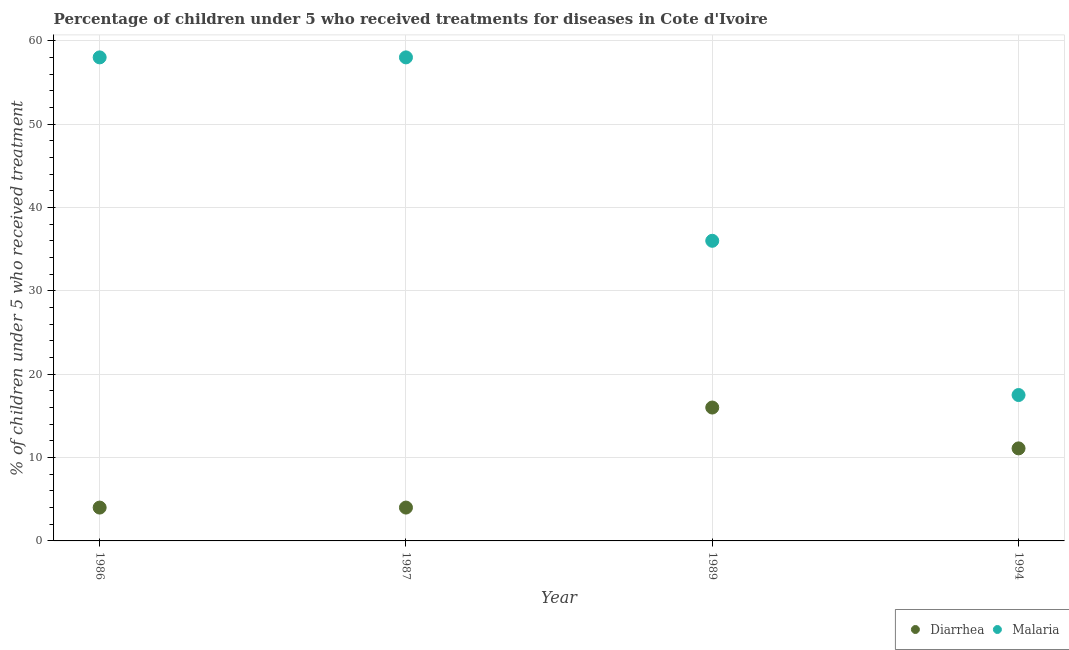
| Year | Diarrhea | Malaria |
 | --- | --- | --- |
 | 1986 | 4 | 58 |
 | 1987 | 4 | 58 |
 | 1989 | 16 | 36 |
 | 1994 | 11.1 | 17.5 |